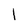
Character: 1